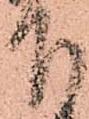
下